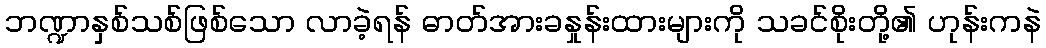
ဘဏ္ဍာနှစ်သစ်ဖြစ်သော လာခဲ့ရန် ဓာတ်အားခနှုန်းထားများကို သခင်စိုးတို့၏ ဟုန်းကနဲ